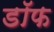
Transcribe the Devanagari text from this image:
डॉफ